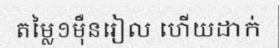
តម្លៃ១ម៉ឺនរៀល ហើយដាក់